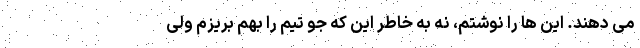
می دهند. این ها را نوشتم، نه به خاطر این که جو تیم را بهم بریزم ولی